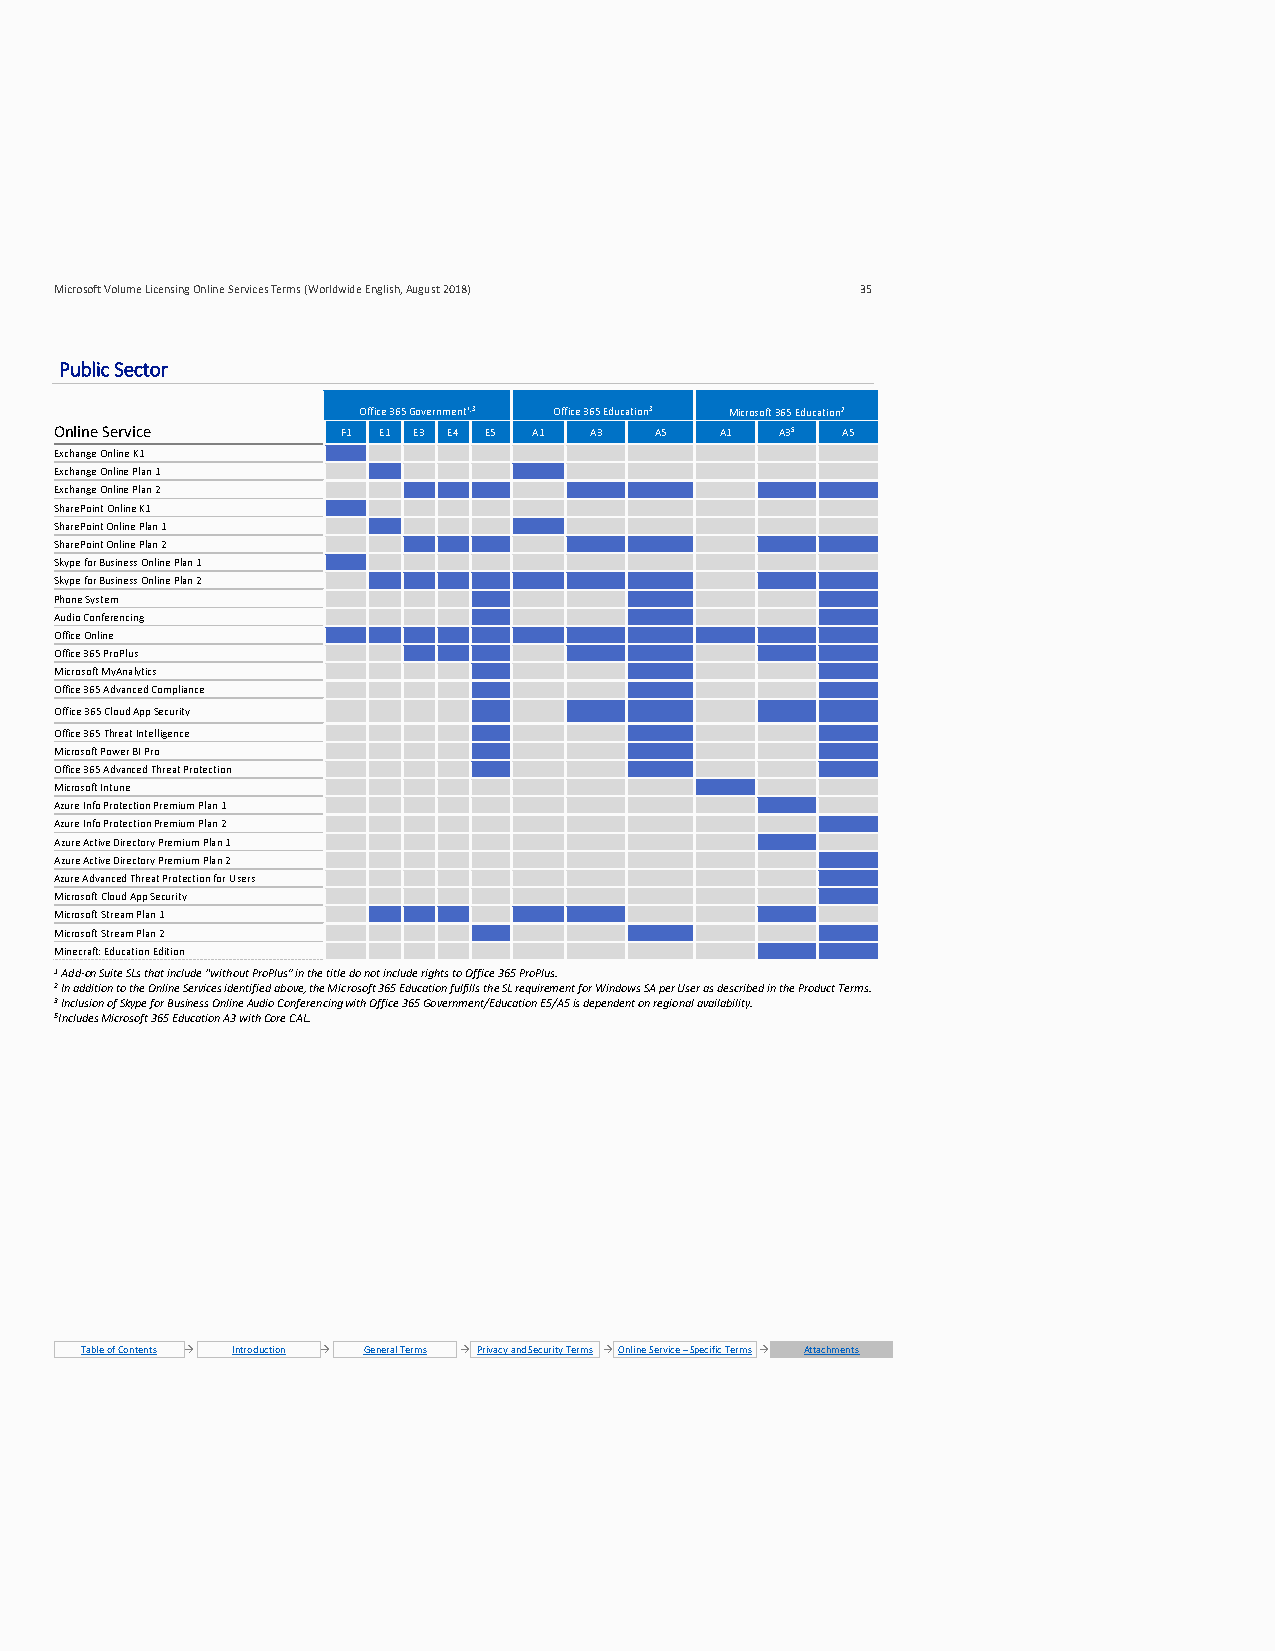
Microsoft Volume Licensing Online Services Terms (Worldwide English, August 2018) 35
 Public Sector
 Office 365 Government1,3 Office 365 Education3 Microsoft 365 Education2
 Online Service     F1 E1 E3 E4 E5 A1 A3 A5  A1  A35 A5
 Exchange Online K1
 Exchange Online Plan 1
 Exchange Online Plan 2
 SharePoint Online K1
 SharePoint Online Plan 1
 SharePoint Online Plan 2
 Skype for Business Online Plan 1
 Skype for Business Online Plan 2
 Phone System
 Audio Conferencing
 Office Online
 Office 365 ProPlus
 Microsoft MyAnalytics
 Office 365 Advanced Compliance
 Office 365 Cloud App Security
 Office 365 Threat Intelligence
 Microsoft Power BI Pro
 Office 365 Advanced Threat Protection
 Microsoft Intune
 Azure Info Protection Premium Plan 1
 Azure Info Protection Premium Plan 2
 Azure Active Directory Premium Plan 1
 Azure Active Directory Premium Plan 2
 Azure Advanced Threat Protection for Users
 Microsoft Cloud App Security
 Microsoft Stream Plan 1
 Microsoft Stream Plan 2
 Minecraft: Education Edition
 1 Add-on Suite SLs that include “without ProPlus” in the title do not include rights to Office 365 ProPlus.
 2 In addition to the Online Services identified above, the Microsoft 365 Education fulfills the SL requirement for Windows SA per User as described in the Product Terms.
 3 Inclusion of Skype for Business Online Audio Conferencing with Office 365 Government/Education E5/A5 is dependent on regional availability.
 5Includes Microsoft 365 Education A3 with Core CAL.
 Table of Contents → Introduction → General Terms → Privacy and Security Terms → Online Service – Specific Terms → Attachments